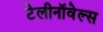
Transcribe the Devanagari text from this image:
टेलीनॉवेल्स